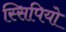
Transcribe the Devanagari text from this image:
स्सिपियो